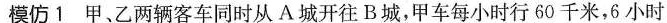
模仿1甲、乙两辆客车同时从A城开往B城，甲车每小时行60千米，6小时